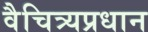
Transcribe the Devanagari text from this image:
वैचित्र्यप्रधान